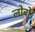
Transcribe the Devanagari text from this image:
लोबों